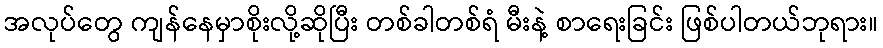
အလုပ်တွေ ကျန်နေမှာစိုးလို့ဆိုပြီး တစ်ခါတစ်ရံ မီးနဲ့ စာရေးခြင်း ဖြစ်ပါတယ်ဘုရား။